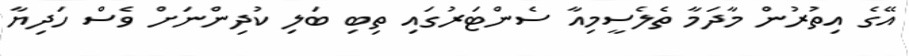
އޭގެ އިތުރުން މާދަމާ ތެލެސީމިއާ ސެންޓަރުގައި ތިބި ބަލި ކުދިންނަށް ވެސް ހަދިޔާ